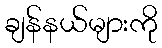
ချန်နယ်များကို